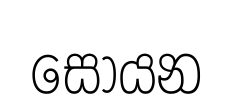
සොයන